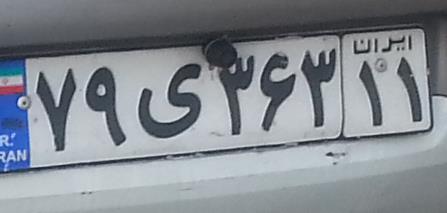
۷۹ی۳۶۳۱۱